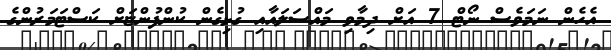
އެހެން ނަމަވެސް ނޯޓް 7 އަށް ދިމާވި މައްސަލައާއި ގުޅިގެން ކުންފުންޏަށް ކަސްޓަމަރުންގެ